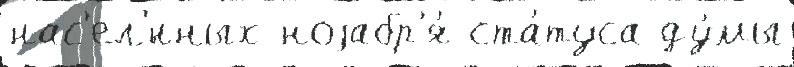
нас'ел'́нных ноjабр'я́ ста́туса ду́мы